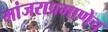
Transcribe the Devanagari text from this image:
मांजराप्रमाणेच